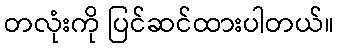
တလုံးကို ပြင်ဆင်ထားပါတယ်။